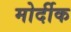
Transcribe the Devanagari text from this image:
मोर्दीक